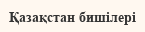
Қазақстан бишілері